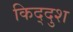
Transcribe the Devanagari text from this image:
किद्दुश